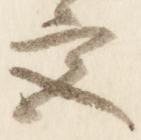
宮